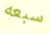
سبعه